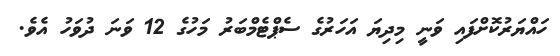
ހައްޔަރުކޮށްފައި ވަނީ މިދިޔަ އަހަރުގެ ސެޕްޓެމްބަރު މަހުގެ 12 ވަނަ ދުވަހު އެވެ.